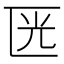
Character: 𠥳